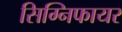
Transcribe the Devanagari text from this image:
सिग्निफायर